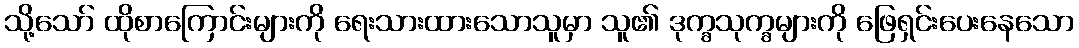
သို့သော် ထိုစာကြောင်းများကို ရေးသားထားသောသူမှာ သူ၏ ဒုက္ခသုက္ခများကို ဖြေရှင်းပေးနေသော